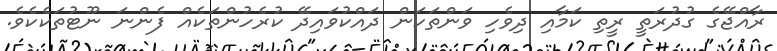
ރާއްޖޭގެ ގުދުރަތީ ރީތި ކަމާއި ދިވެހި ވަންތަކަން ދައްކުވައިދޭ ކުރެހުންތަކެއް ފެންނަ ނޫޓުތަކެކެވެ.